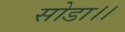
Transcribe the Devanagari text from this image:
सोडा।।